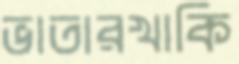
ভাতারখাকি